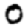
Digit: 0